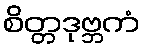
စိတ္တဒုဗ္ဘကံ